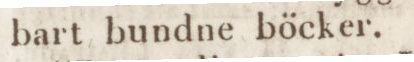
bart bundne böcker.